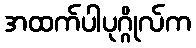
အထက်ပါပုဂ္ဂိုလ်က